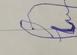
Signature authenticity: forged